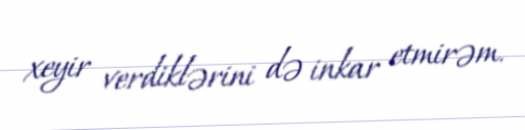
xeyir verdiklərini də inkar etmirəm.